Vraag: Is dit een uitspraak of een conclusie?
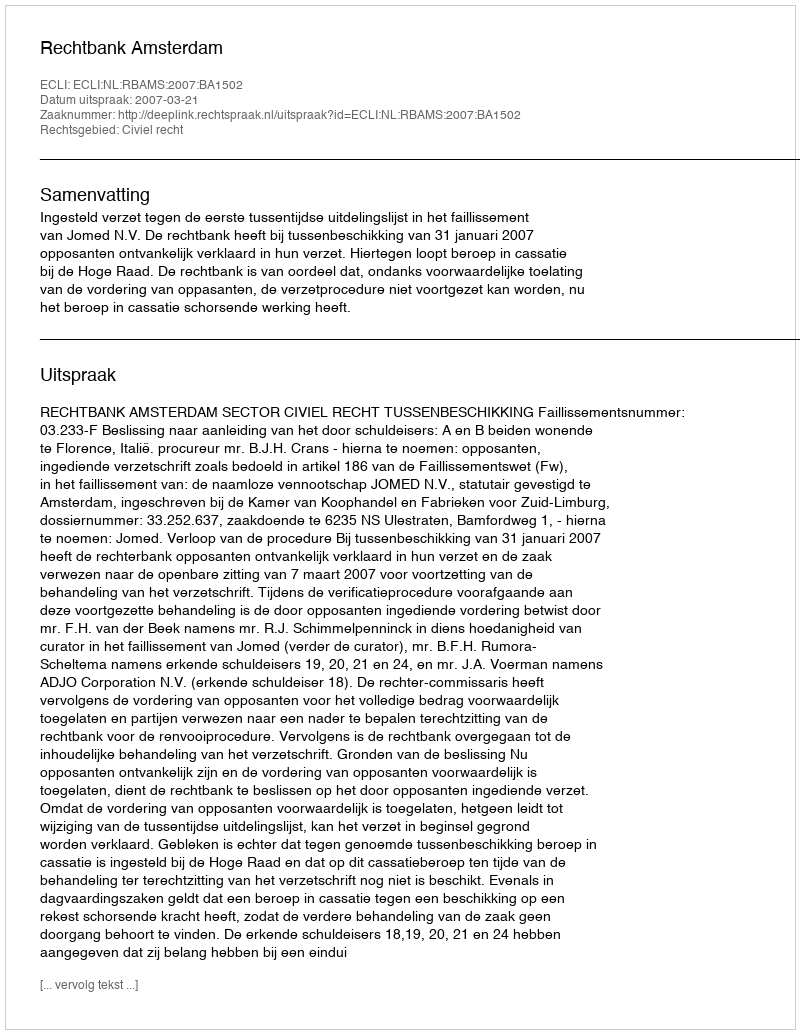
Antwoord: Uitspraak